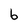
Character: 6